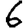
Digit: 6